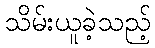
သိမ်းယူခဲ့သည့်